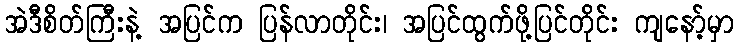
အဲဒီစိတ်ကြီးနဲ့ အပြင်က ပြန်လာတိုင်း၊ အပြင်ထွက်ဖို့ပြင်တိုင်း ကျနော့်မှာ